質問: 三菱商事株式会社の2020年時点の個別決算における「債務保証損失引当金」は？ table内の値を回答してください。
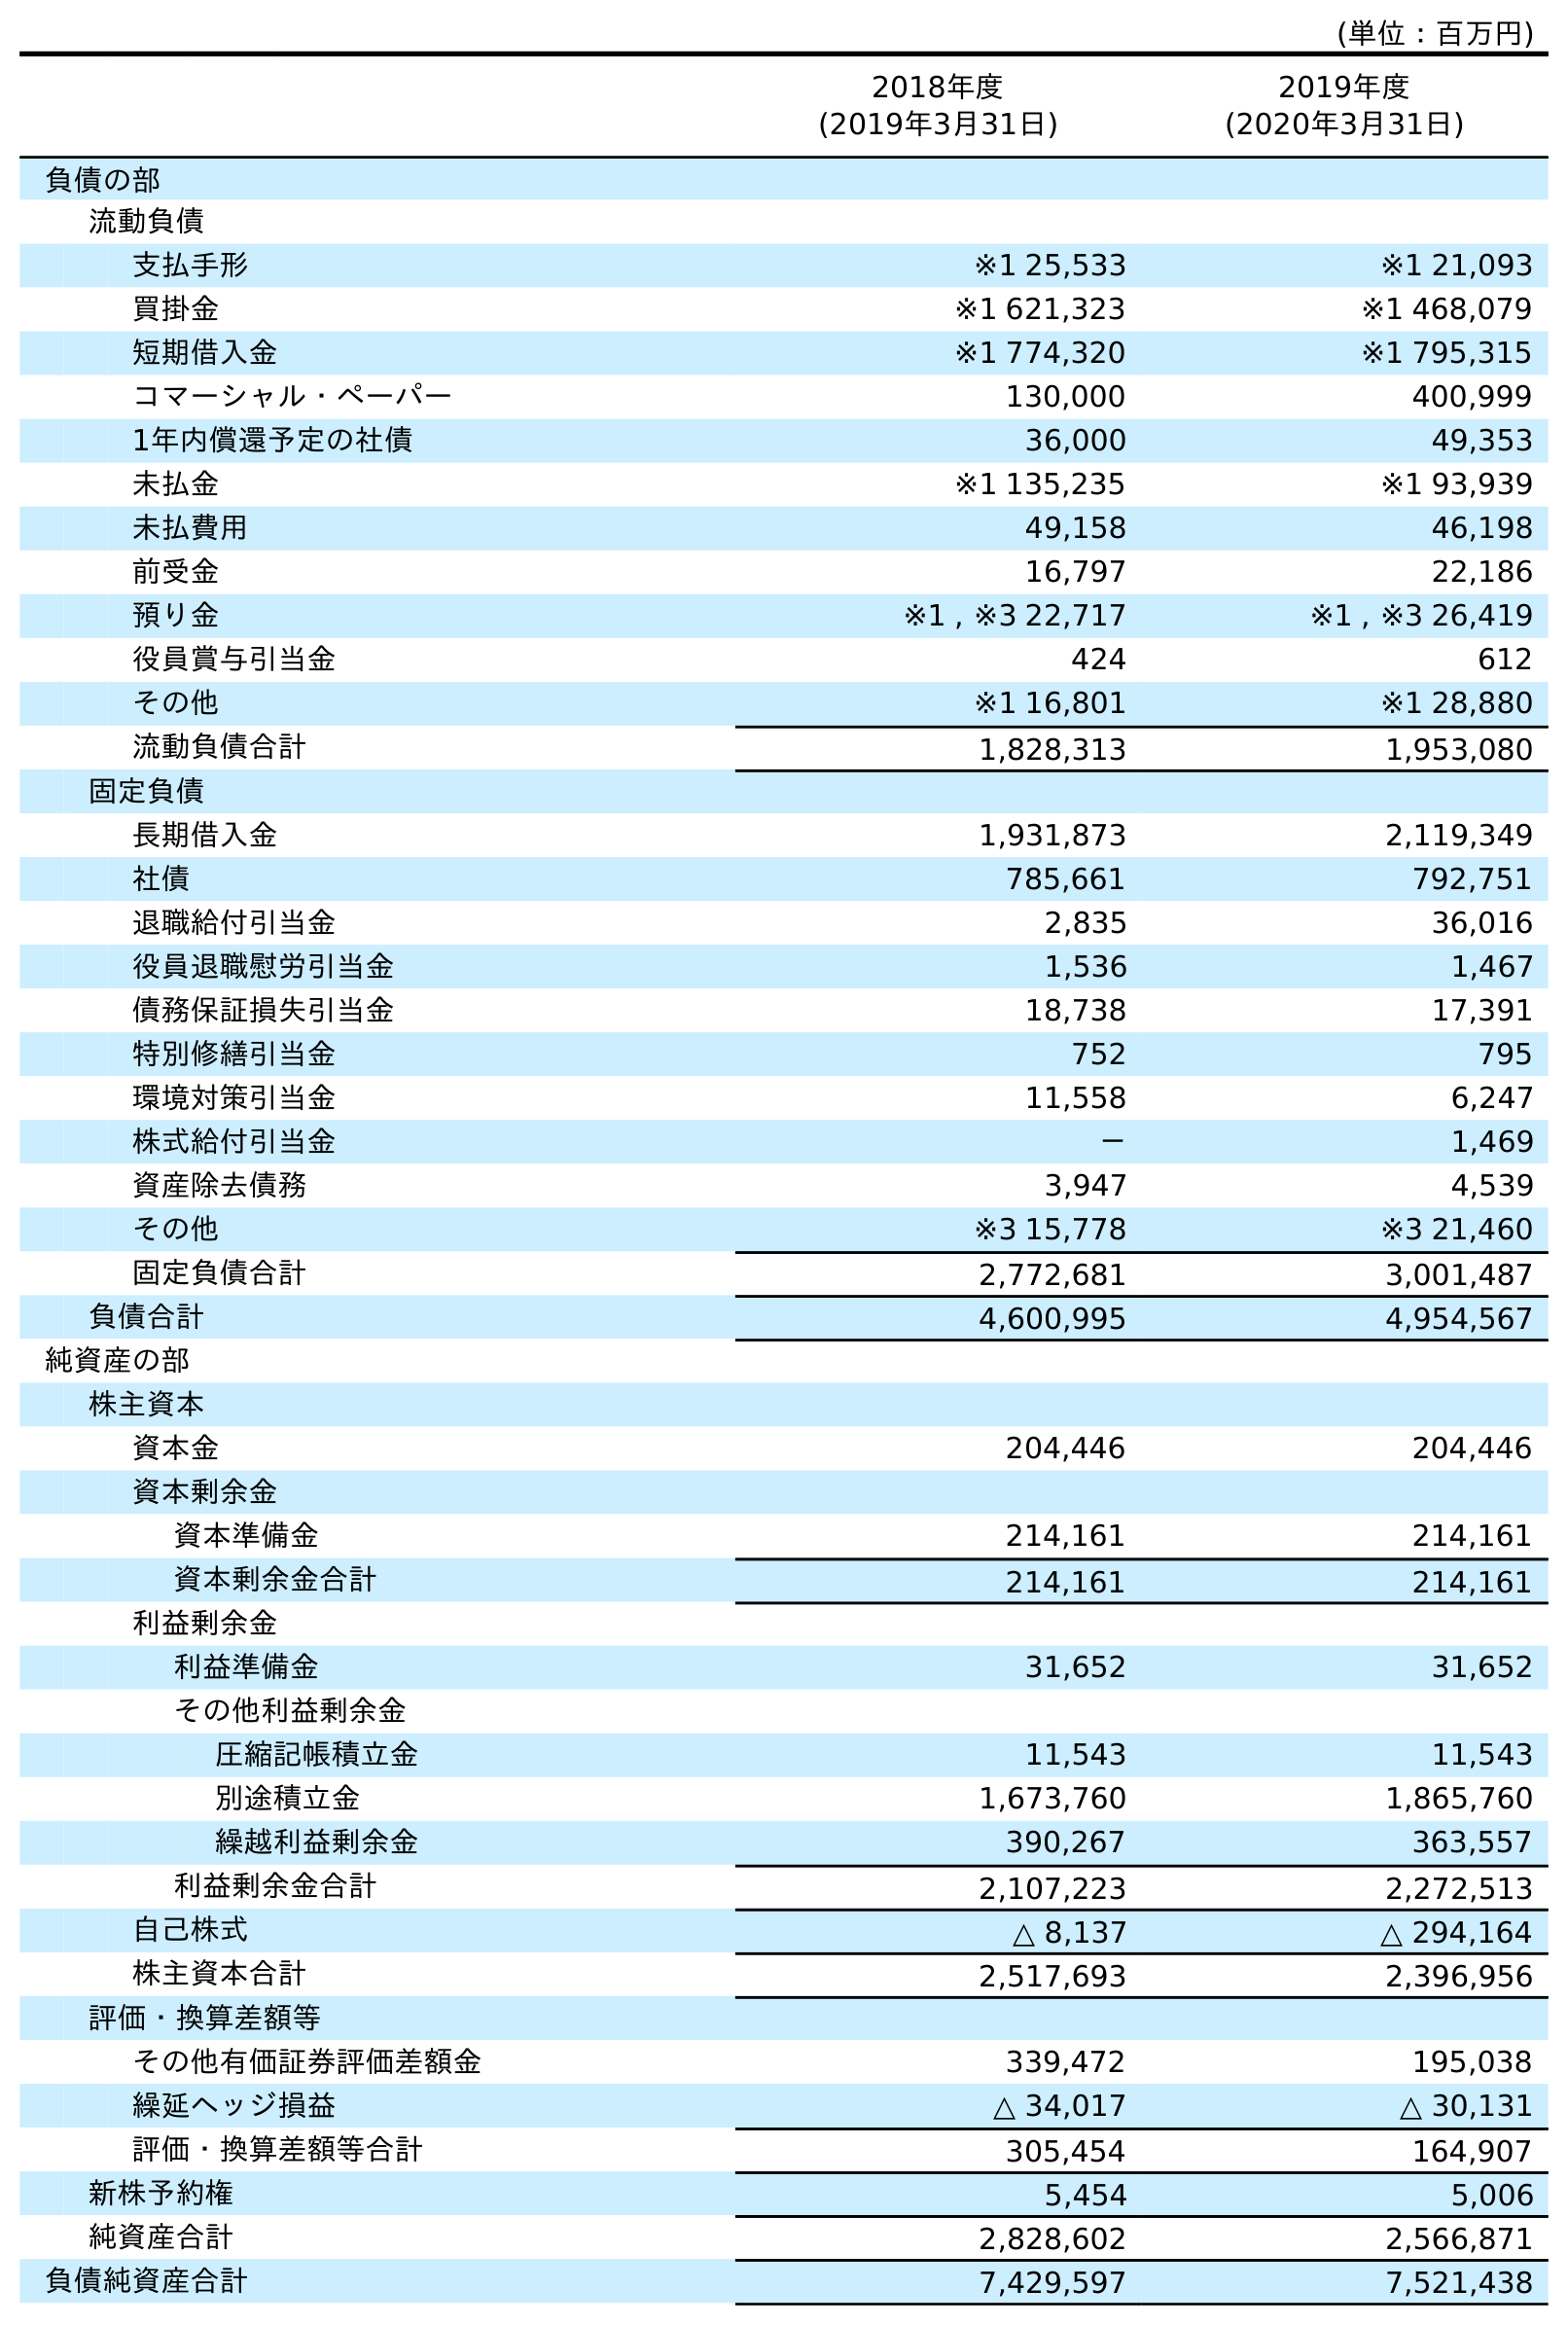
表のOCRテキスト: (単位：百万円) 2018年度 (2019年3月31日) 2019年度 (2020年3月31日) 負債の部 流動負債 支払手形 ※1 25,533 ※1 21,093 買掛金 ※1 621,323 ※1 468,079 短期借入金 ※1 774,320 ※1 795,315 コマーシャル・ペーパー 130,000 400,999 1年内償還予定の社債 36,000 49,353 未払金 ※1 135,235 ※1 93,939 未払費用 49,158 46,198 前受金 16,797 22,186 預り金 ※1 , ※3 22,717 ※1 , ※3 26,419 役員賞与引当金 424 612 その他 ※1 16,801 ※1 28,880 流動負債合計 1,828,313 1,953,080 固定負債 長期借入金 1,931,873 2,119,349 社債 785,661 792,751 退職給付引当金 2,835 36,016 役員退職慰労引当金 1,536 1,467 債務保証損失引当金 18,738 17,391 特別修繕引当金 752 795 環境対策引当金 11,558 6,247 株式給付引当金 － 1,469 資産除去債務 3,947 4,539 その他 ※3 15,778 ※3 21,460 固定負債合計 2,772,681 3,001,487 負債合計 4,600,995 4,954,567 純資産の部 株主資本 資本金 204,446 204,446 資本剰余金 資本準備金 214,161 214,161 資本剰余金合計 214,161 214,161 利益剰余金 利益準備金 31,652 31,652 その他利益剰余金 圧縮記帳積立金 11,543 11,543 別途積立金 1,673,760 1,865,760 繰越利益剰余金 390,267 363,557 利益剰余金合計 2,107,223 2,272,513 自己株式 △ 8,137 △ 294,164 株主資本合計 2,517,693 2,396,956 評価・換算差額等 その他有価証券評価差額金 339,472 195,038 繰延ヘッジ損益 △ 34,017 △ 30,131 評価・換算差額等合計 305,454 164,907 新株予約権 5,454 5,006 純資産合計 2,828,602 2,566,871 負債純資産合計 7,429,597 7,521,438
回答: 17,391